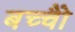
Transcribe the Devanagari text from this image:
बच्चोेैं